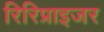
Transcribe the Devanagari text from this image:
रिरिप्राइजर